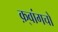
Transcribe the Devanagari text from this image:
क़्वांगचो